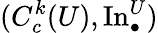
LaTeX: (C_{c}^{k}(U),\operatorname{In}_{\bullet}^{U})